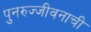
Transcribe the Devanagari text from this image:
पुनरुज्जीवनाची